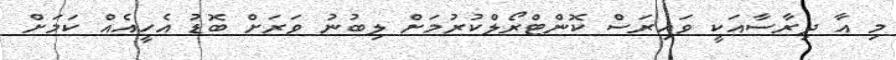
މި އާ ދިރާސާއަކީ ވައިރަސް ކޮންޓްރޯލްކުރުމަށް ލިބުނު ވަރަށް ބޮޑު އެހީއެއް ކަމަށް